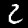
Label: 2